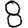
Digit: 8